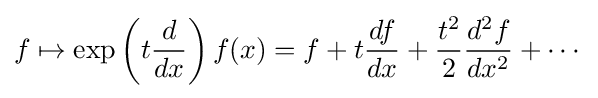
f\mapsto \exp \left(t{\frac {d}{dx}}\right)f(x)=f+t{\frac {df}{dx}}+{\frac {t^{2}}{2}}{\frac {d^{2}f}{dx^{2}}}+\cdots